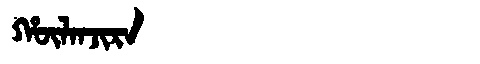
Manchu: ᡥᡡᠯᠠᠨᠵᡳᡵᠠ
Romanization: HŪLANJIRA